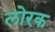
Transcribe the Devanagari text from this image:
लोरक